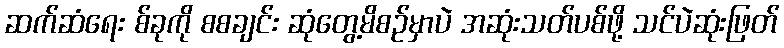
ဆက်ဆံရေး စ်ခုကို စစချင်း ဆုံတွေ့မိစဉ်မှာပဲ အဆုံးသတ်ပစ်ဖို့ သင်ပဲဆုံးဖြတ်